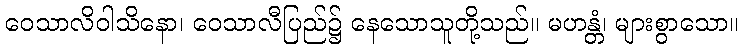
ဝေသာလိဝါသိနော၊ ဝေသာလီပြည်၌ နေသောသူတို့သည်။ မဟန္တံ၊ များစွာသော။